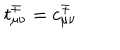
t _ { \mu \nu } ^ { \mp } = c _ { \mu \nu } ^ { \mp }